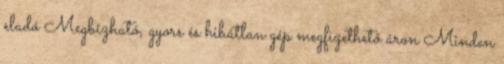
eladó Megbízható, gyors és hibátlan gép megfizethető áron Minden